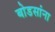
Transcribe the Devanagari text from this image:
बोडसांना